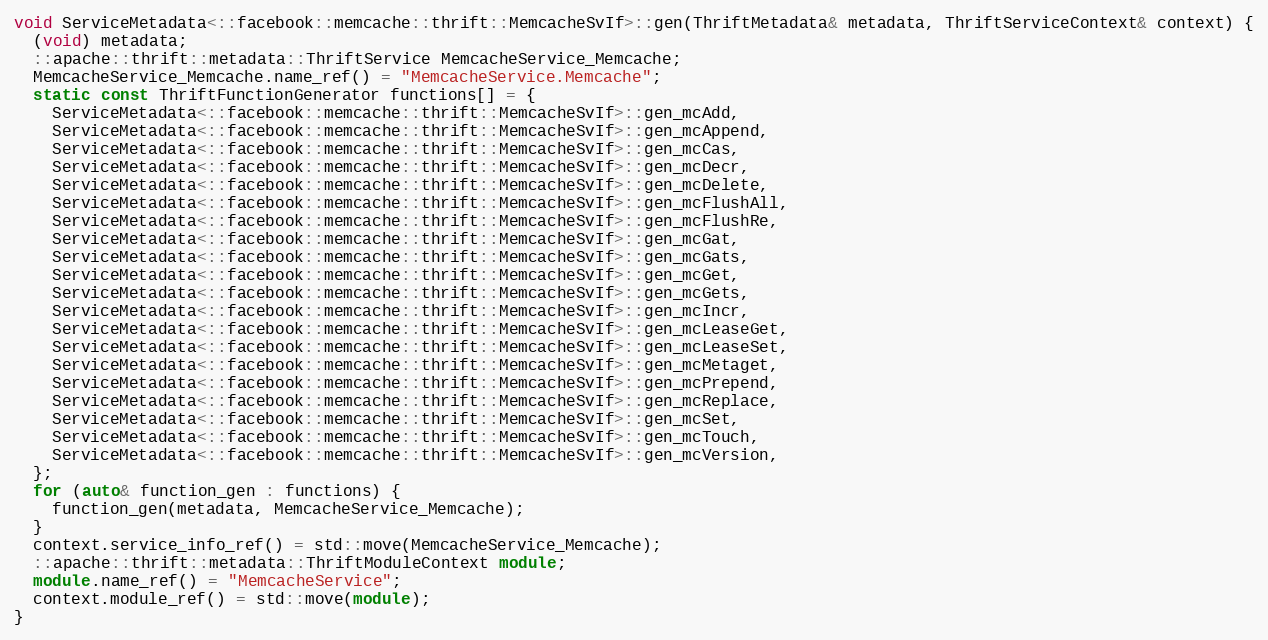
Language: C++
void ServiceMetadata<::facebook::memcache::thrift::MemcacheSvIf>::gen(ThriftMetadata& metadata, ThriftServiceContext& context) {
  (void) metadata;
  ::apache::thrift::metadata::ThriftService MemcacheService_Memcache;
  MemcacheService_Memcache.name_ref() = "MemcacheService.Memcache";
  static const ThriftFunctionGenerator functions[] = {
    ServiceMetadata<::facebook::memcache::thrift::MemcacheSvIf>::gen_mcAdd,
    ServiceMetadata<::facebook::memcache::thrift::MemcacheSvIf>::gen_mcAppend,
    ServiceMetadata<::facebook::memcache::thrift::MemcacheSvIf>::gen_mcCas,
    ServiceMetadata<::facebook::memcache::thrift::MemcacheSvIf>::gen_mcDecr,
    ServiceMetadata<::facebook::memcache::thrift::MemcacheSvIf>::gen_mcDelete,
    ServiceMetadata<::facebook::memcache::thrift::MemcacheSvIf>::gen_mcFlushAll,
    ServiceMetadata<::facebook::memcache::thrift::MemcacheSvIf>::gen_mcFlushRe,
    ServiceMetadata<::facebook::memcache::thrift::MemcacheSvIf>::gen_mcGat,
    ServiceMetadata<::facebook::memcache::thrift::MemcacheSvIf>::gen_mcGats,
    ServiceMetadata<::facebook::memcache::thrift::MemcacheSvIf>::gen_mcGet,
    ServiceMetadata<::facebook::memcache::thrift::MemcacheSvIf>::gen_mcGets,
    ServiceMetadata<::facebook::memcache::thrift::MemcacheSvIf>::gen_mcIncr,
    ServiceMetadata<::facebook::memcache::thrift::MemcacheSvIf>::gen_mcLeaseGet,
    ServiceMetadata<::facebook::memcache::thrift::MemcacheSvIf>::gen_mcLeaseSet,
    ServiceMetadata<::facebook::memcache::thrift::MemcacheSvIf>::gen_mcMetaget,
    ServiceMetadata<::facebook::memcache::thrift::MemcacheSvIf>::gen_mcPrepend,
    ServiceMetadata<::facebook::memcache::thrift::MemcacheSvIf>::gen_mcReplace,
    ServiceMetadata<::facebook::memcache::thrift::MemcacheSvIf>::gen_mcSet,
    ServiceMetadata<::facebook::memcache::thrift::MemcacheSvIf>::gen_mcTouch,
    ServiceMetadata<::facebook::memcache::thrift::MemcacheSvIf>::gen_mcVersion,
  };
  for (auto& function_gen : functions) {
    function_gen(metadata, MemcacheService_Memcache);
  }
  context.service_info_ref() = std::move(MemcacheService_Memcache);
  ::apache::thrift::metadata::ThriftModuleContext module;
  module.name_ref() = "MemcacheService";
  context.module_ref() = std::move(module);
}